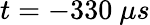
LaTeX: t=-330~\mu s